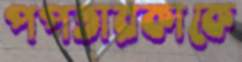
পপতারকাকে